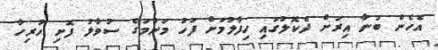
އެހެން ބުނާ އިރަށް ދެކޮލުގައި ހިފާލުމަށް ފަހު މަންމަގެ ސުވާލު ފޮށި ހުރިހާ